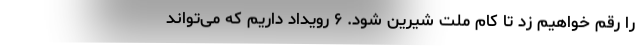
را رقم خواهیم زد تا کام ملت شیرین شود. ۶ رویداد داریم که می‌تواند